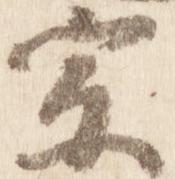
宗